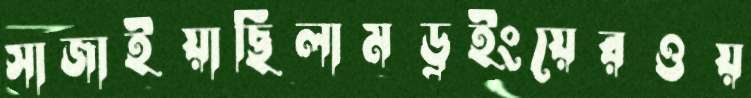
সাজাইয়াছিলামড্রইংয়েরওয়